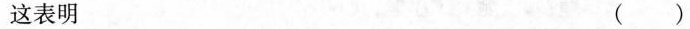
这表明 ()